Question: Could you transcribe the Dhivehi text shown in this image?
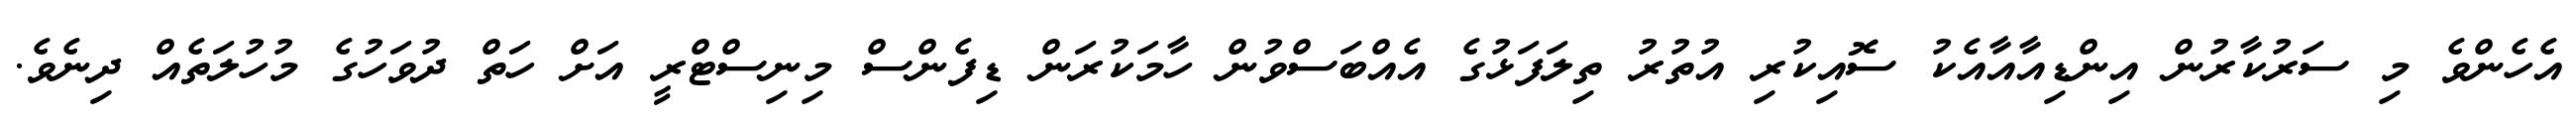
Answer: އެހެންވެ މި ސަރުކާރުން އިންޑިއާއާއެކު ސޮއިކުރި އުތުރު ތިލަފަޅުގެ އެއްބަސްވުން ހާމަކުރަން ޑިފެންސް މިނިސްޓްރީ އަށް ހަތް ދުވަހުގެ މުހުލަތެއް ދިނެވެ.